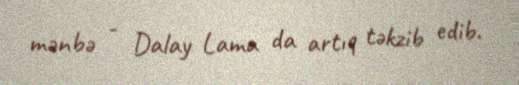
mənbə - Dalay Lama da artıq təkzib edib.